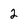
Character: 2